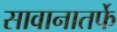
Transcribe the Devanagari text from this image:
सावानातर्फे